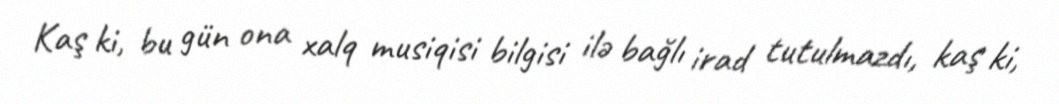
Kaş ki, bu gün ona xalq musiqisi bilgisi ilə bağlı irad tutulmazdı, kaş ki,